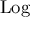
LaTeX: \operatorname { L o g }